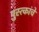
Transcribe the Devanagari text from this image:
पुस्त्कांचे